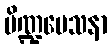
ပိဏ္ဍမေသနာ